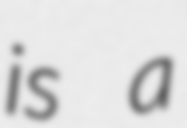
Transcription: is a